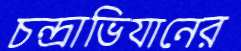
চন্দ্রাভিযানের